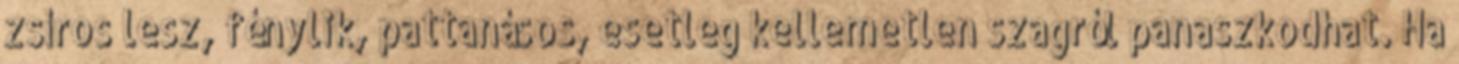
zsíros lesz, fénylik, pattanásos, esetleg kellemetlen szagról panaszkodhat. Ha